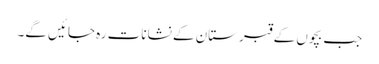
جب بچوں کے قبرستان کے نشانات رہ جائیں گے۔